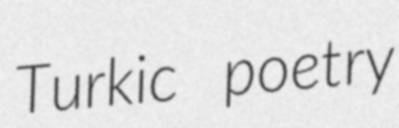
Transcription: Turkic poetry